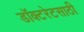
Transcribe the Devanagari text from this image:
डॉक्टरेटसाठी